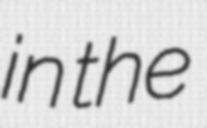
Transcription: in the